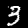
Label: 3